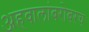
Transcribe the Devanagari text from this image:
अहवालांबरोबरच